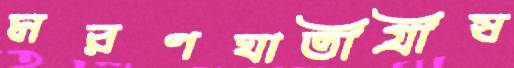
মরণঘাতীগ্রীষ